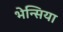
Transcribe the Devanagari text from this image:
भेन्सिया